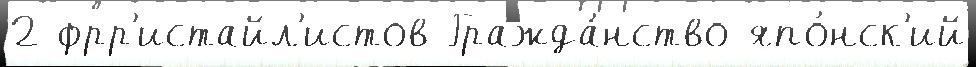
2 фрр'истайл'истов Гражда́нство япо́нск'ий